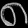
Digit: ၈